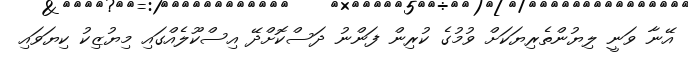
އޭނާ ވަނީ ލިޔުންތެރިޔަކަށް ވުމުގެ ކުރިން ފަންނު ދަސްކޮށްދޭ އިސްކޫލެއްގައި މިޔުޒިކު ކިޔަވައި